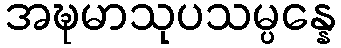
အဍ္ဎမာသုပသမ္ပန္နေ